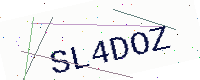
Text: SL4DOZ